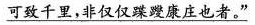
可致千里，非仅仅蹀躞康庄也者。”